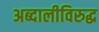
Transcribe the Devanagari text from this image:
अब्दालीविरुद्ध